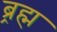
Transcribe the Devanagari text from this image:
ब्र्रह्म